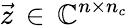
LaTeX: \vec{z}\, \in\, \mathbb{C}^{n\times n_{c}}